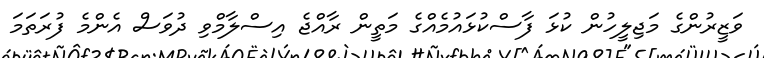
ވަޒީރުންގެ މަޖިލީހުން ކުޅަ ފާސްކުޅައުމެއްގެ މަތީން ރާއްޖެ އިސްލާމްވި ދުވަސް އެންމެ ފުރަތަމަ